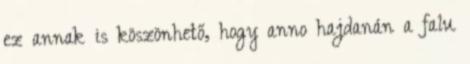
ez annak is köszönhető, hogy anno hajdanán a falu